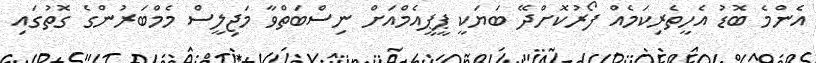
އެންމެ ބޮޑު އެހީތެރިކަމެއް ފޯރުކޮށްދޭ ބަޔަކީ ޕީޕީއެމްއަށް ނިސްބަތްވާ މަޖިލީސް މެމްބަރުންގެ ގޮތުގައި